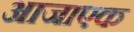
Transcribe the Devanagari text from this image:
आजाएक